Indian journal of veterinary science and animal husbandry - Volume 9,
Year: 1939
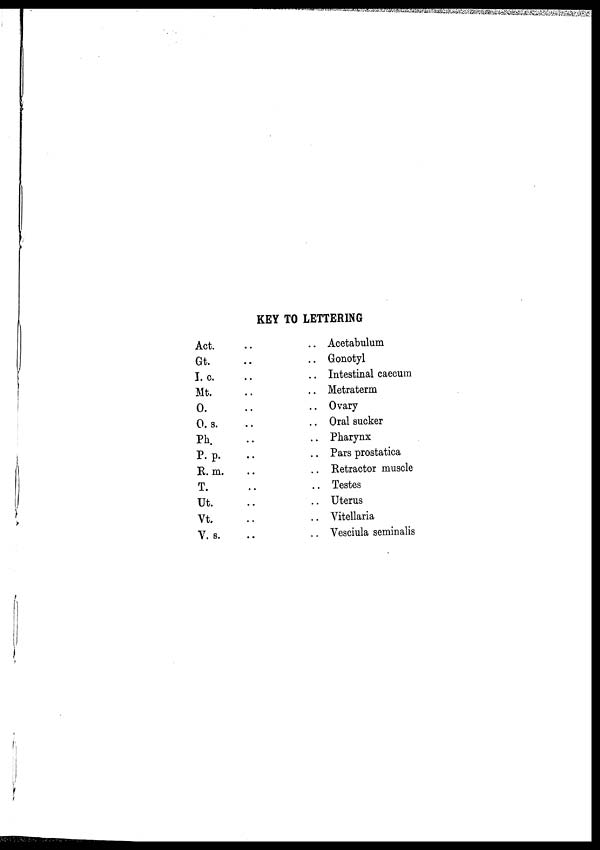
KEY TO LETTERING
Act. ..
Gt. ..
I. c. ..
Mt. ..
0. ..
0. s. ..
Ph. ..
P.p.
..
R. m. ..
T. ..
Ut. ..
Vt. ..
V. s. ..
.. Acetabulum
.. Gonotyl
.. Intestinal caecum
.. Metraterm
.. Ovary
.. Oral sucker
.. Pharynx
.. Pars prostatica
,. Retractor muscle
.. Testes
.. Uterus
.. Vitellaria
.. Vesciula seminalis